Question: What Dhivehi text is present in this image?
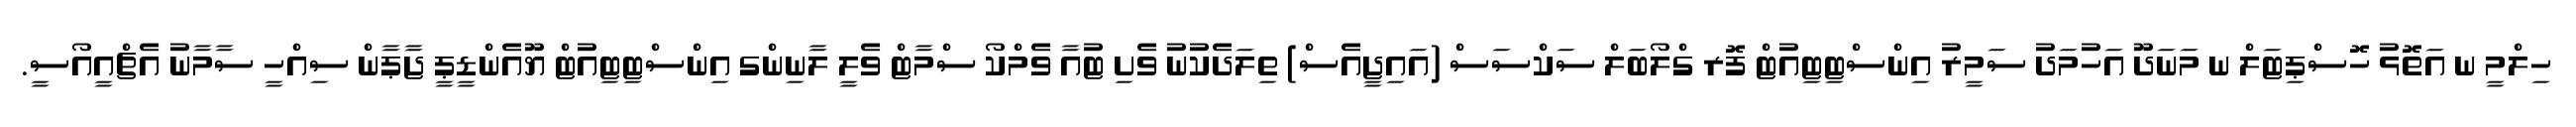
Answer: ހިލްމީ ނ އަތޮޅު ހޮސްޕިޓަލް ނ މަނަދޫ އަހުމަދު ސަމީރު އިންސްޓިޓިއުޓް ފޮރ ގްލޯބަލް ސަކްސަސް (އައިޖީއެސް) ތިލަދެކުނު ވެށި ޓުއާ ވެމްކޯ ސްމާޓް ވެލީ ލާނިންގ އިންސްޓިޓިއުޓް ޔޫއެންޑީޕީ ޖާޕާން ސިއްހީ ސާމާނު އެޗްއީއޯސީ.